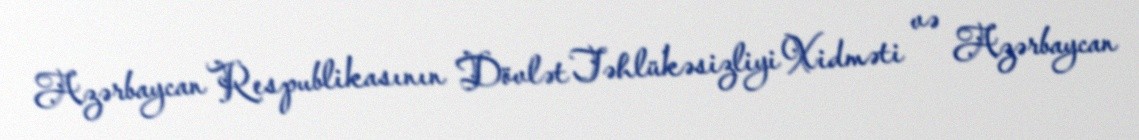
Azərbaycan Respublikasının Dövlət Təhlükəsizliyi Xidməti və Azərbaycan